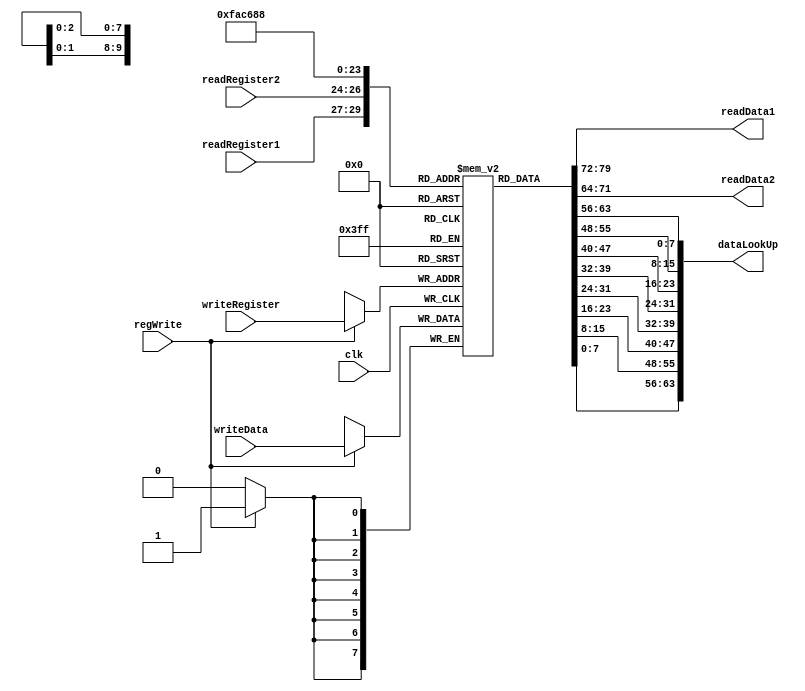
`timescale  1ns/1ns

module RegBank (readData1, readData2, readRegister1, readRegister2, writeRegister, writeData,regWrite, clk, dataLookUp);

reg [7:0] R [0:7];

input clk,regWrite;

input [2:0]
       readRegister1 ,
       readRegister2 ,
       writeRegister ;

input [7:0]
       writeData;

output [7:0] 
        readData1 ,
        readData2 ;

output [63:0] dataLookUp;


integer i;
initial begin
for (i = 0; i<8; i=i+1) begin
    R[i] = 0;    
end
end


assign readData1 = R[readRegister1];
assign readData2 = R[readRegister2];
assign dataLookUp = {R[0],R[1],R[2],R[3],R[4],R[5],R[6],R[7]};


always @(posedge clk) begin
    if(regWrite) R[writeRegister] = writeData;
end



endmodule //RegBank